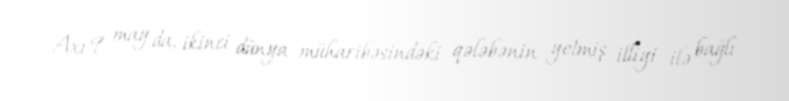
Axı 9 may da, ikinci dünya müharibəsindəki qələbənin yetmiş illiyi ilə bağlı